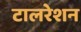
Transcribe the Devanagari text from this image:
टालरेशन